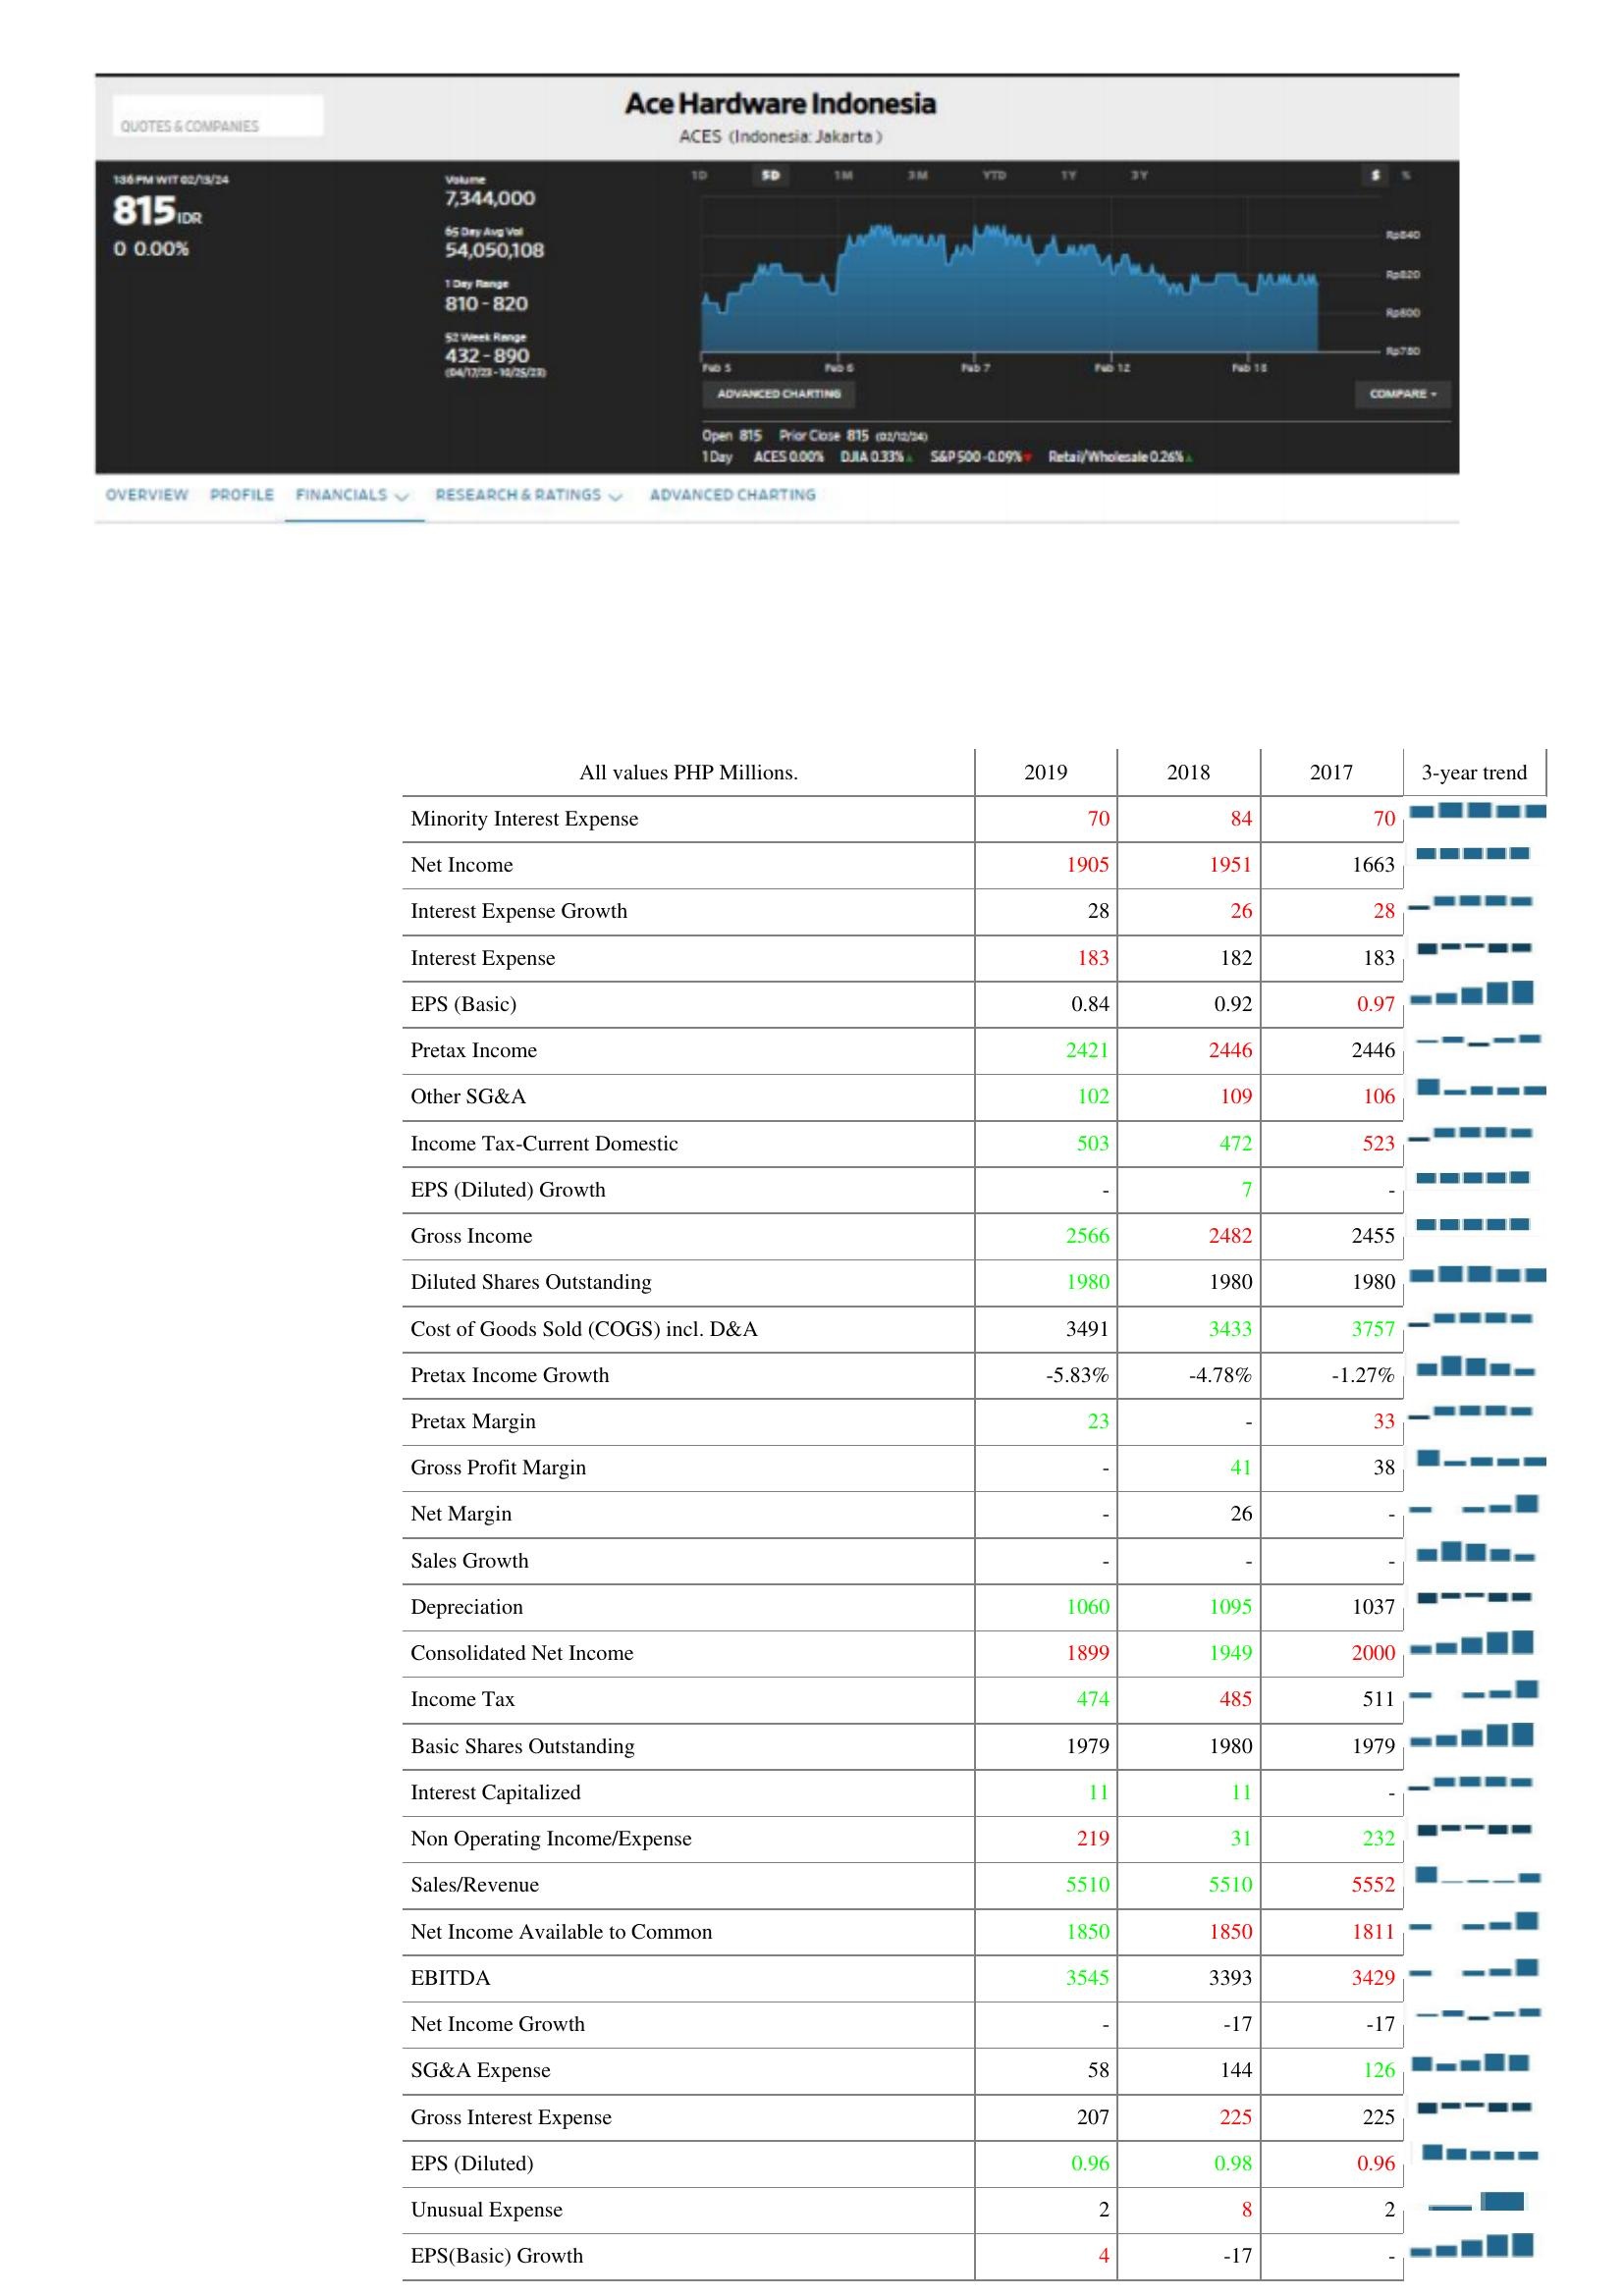
2019: : Minority Interest Expense: 70
Net Income: 1905
Interest Expense Growth: 28
Interest Expense: 183
EPS (Basic): 0.84
Pretax Income: 2421
Other SG&A: 102
Income Tax-Current Domestic: 503
EPS (Diluted) Growth: -
Gross Income: 2566
Diluted Shares Outstanding: 1980
Cost of Goods Sold (COGS) incl. D&A: 3491
Pretax Income Growth: -5.83%
Pretax Margin: 23
Gross Profit Margin: -
Net Margin: -
Sales Growth: -
Depreciation: 1060
Consolidated Net Income: 1899
Income Tax: 474
Basic Shares Outstanding: 1979
Interest Capitalized: 11
Non Operating Income/Expense: 219
Sales/Revenue: 5510
Net Income Available to Common: 1850
EBITDA: 3545
Net Income Growth: -
SG&A Expense: 58
Gross Interest Expense: 207
EPS (Diluted): 0.96
Unusual Expense: 2
EPS(Basic) Growth: 4
2018: : Minority Interest Expense: 84
Net Income: 1951
Interest Expense Growth: 26
Interest Expense: 182
EPS (Basic): 0.92
Pretax Income: 2446
Other SG&A: 109
Income Tax-Current Domestic: 472
EPS (Diluted) Growth: 7
Gross Income: 2482
Diluted Shares Outstanding: 1980
Cost of Goods Sold (COGS) incl. D&A: 3433
Pretax Income Growth: -4.78%
Pretax Margin: -
Gross Profit Margin: 41
Net Margin: 26
Sales Growth: -
Depreciation: 1095
Consolidated Net Income: 1949
Income Tax: 485
Basic Shares Outstanding: 1980
Interest Capitalized: 11
Non Operating Income/Expense: 31
Sales/Revenue: 5510
Net Income Available to Common: 1850
EBITDA: 3393
Net Income Growth: -17
SG&A Expense: 144
Gross Interest Expense: 225
EPS (Diluted): 0.98
Unusual Expense: 8
EPS(Basic) Growth: -17
2017: : Minority Interest Expense: 70
Net Income: 1663
Interest Expense Growth: 28
Interest Expense: 183
EPS (Basic): 0.97
Pretax Income: 2446
Other SG&A: 106
Income Tax-Current Domestic: 523
EPS (Diluted) Growth: -
Gross Income: 2455
Diluted Shares Outstanding: 1980
Cost of Goods Sold (COGS) incl. D&A: 3757
Pretax Income Growth: -1.27%
Pretax Margin: 33
Gross Profit Margin: 38
Net Margin: -
Sales Growth: -
Depreciation: 1037
Consolidated Net Income: 2000
Income Tax: 511
Basic Shares Outstanding: 1979
Interest Capitalized: -
Non Operating Income/Expense: 232
Sales/Revenue: 5552
Net Income Available to Common: 1811
EBITDA: 3429
Net Income Growth: -17
SG&A Expense: 126
Gross Interest Expense: 225
EPS (Diluted): 0.96
Unusual Expense: 2
EPS(Basic) Growth: -